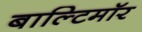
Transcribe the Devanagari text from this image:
बाल्टिमॉर